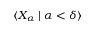
\displaystyle \langle X _ { \alpha } \mid \alpha < \delta \rangle